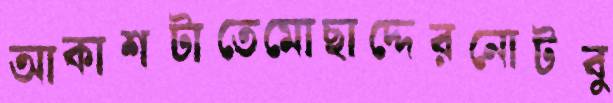
আকাশটাতেমোছাদ্দেরনোটবু